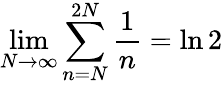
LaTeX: \operatorname*{lim}_{N\rightarrow\infty}\sum_{n=N}^{2N}{\frac{1}{n}}=\ln 2